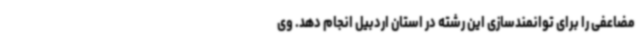
مضاعفی را برای توانمندسازی این رشته در استان اردبیل انجام دهد. وی